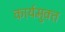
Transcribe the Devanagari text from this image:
कार्यमुक्‍त